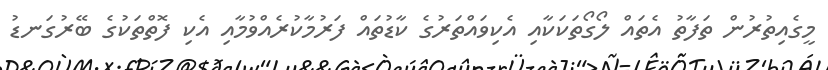
މީގެއިތުރުން ތަފާތު އެތައް ލޯގޯތަކަކާއި އެކިވައްތަރުގެ ކާޑުތައް ފަރުމާކުރެއްވުމާއި އެކި ފޮތްތަކުގެ ބޭރުގަނޑު